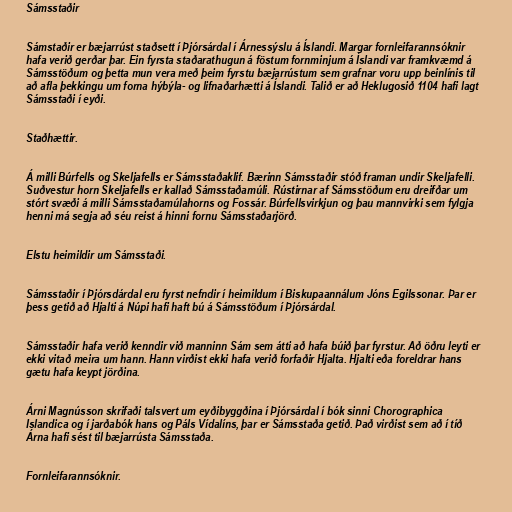
Sámsstaðir

Sámstaðir er bæjarrúst staðsett í Þjórsárdal í Árnessýslu á Íslandi. Margar fornleifarannsóknir
hafa verið gerðar þar. Ein fyrsta staðarathugun á föstum fornminjum á Íslandi var framkvæmd á
Sámsstöðum og þetta mun vera með þeim fyrstu bæjarrústum sem grafnar voru upp beinlínis til
að afla þekkingu um forna hýbýla- og lifnaðarhætti á Íslandi. Talið er að Heklugosið 1104 hafi lagt
Sámsstaði í eyði.

Staðhættir.

Á milli Búrfells og Skeljafells er Sámsstaðaklif. Bærinn Sámsstaðir stóð framan undir Skeljafelli.
Suðvestur horn Skeljafells er kallað Sámsstaðamúli. Rústirnar af Sámsstöðum eru dreifðar um
stórt svæði á milli Sámsstaðamúlahorns og Fossár. Búrfellsvirkjun og þau mannvirki sem fylgja
henni má segja að séu reist á hinni fornu Sámsstaðarjörð.

Elstu heimildir um Sámsstaði.

Sámsstaðir í Þjórsdárdal eru fyrst nefndir í heimildum í Biskupaannálum Jóns Egilssonar. Þar er
þess getið að Hjalti á Núpi hafi haft bú á Sámsstöðum í Þjórsárdal.

Sámsstaðir hafa verið kenndir við manninn Sám sem átti að hafa búið þar fyrstur. Að öðru leyti er
ekki vitað meira um hann. Hann virðist ekki hafa verið forfaðir Hjalta. Hjalti eða foreldrar hans
gætu hafa keypt jörðina.

Árni Magnússon skrifaði talsvert um eyðibyggðina í Þjórsárdal í bók sinni Chorographica
Islandica og í jarðabók hans og Páls Vídalíns, þar er Sámsstaða getið. Það virðist sem að í tíð
Árna hafi sést til bæjarrústa Sámsstaða.

Fornleifarannsóknir.